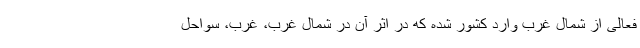
فعالی از شمال غرب وارد کشور شده که در اثر آن در شمال غرب، غرب، سواحل